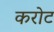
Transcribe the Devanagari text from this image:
करोट